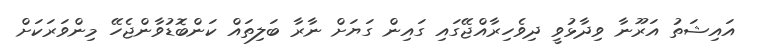
އައިޝަތު އަރޫނާ ވިދާޅުވީ ދިވެހިރާއްޖޭގައި ގައިން ގަޔަށް ނާރާ ބަލިތައް ކަންބޮޑުވާންޖެހޭ މިންވަރަކަށް